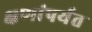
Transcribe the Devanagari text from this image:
क्षणांपर्यंत